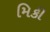
મિકી